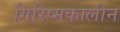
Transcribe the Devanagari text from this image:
गिरिष्मकालीन